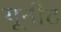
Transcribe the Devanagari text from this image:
यूनीट